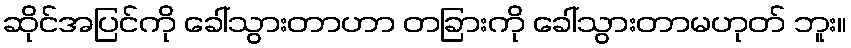
ဆိုင်အပြင်ကို ခေါ်သွားတာဟာ တခြားကို ခေါ်သွားတာမဟုတ် ဘူး။